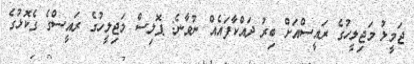
ޖަމީލު މަޖިލީހުގެ ރައީސްއަށް ބިރު ދައްކާފައެއް ނުވާނެ: ޕޮލިސް މަޖިލީހުގެ ރައީސްގެ ގެކޮޅުގެ